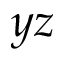
y z